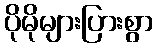
ပိုမိုများပြားစွာ